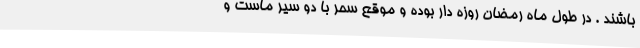
باشند . در طول ماه رمضان روزه دار بوده و موقع سحر با دو سیر ماست و